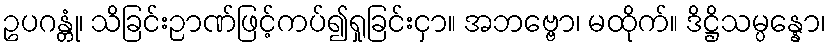
ဥပဂန္တုံ၊ သိခြင်းဉာဏ်ဖြင့်ကပ်၍ရှုခြင်းငှာ။ အဘဗ္ဗော၊ မထိုက်။ ဒိဋ္ဌိသမ္ပန္နော၊